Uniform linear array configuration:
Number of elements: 8
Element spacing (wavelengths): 0.25
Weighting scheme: blackman
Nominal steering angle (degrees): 0
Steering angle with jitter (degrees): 0.6393
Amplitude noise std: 0.05
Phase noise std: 0.05

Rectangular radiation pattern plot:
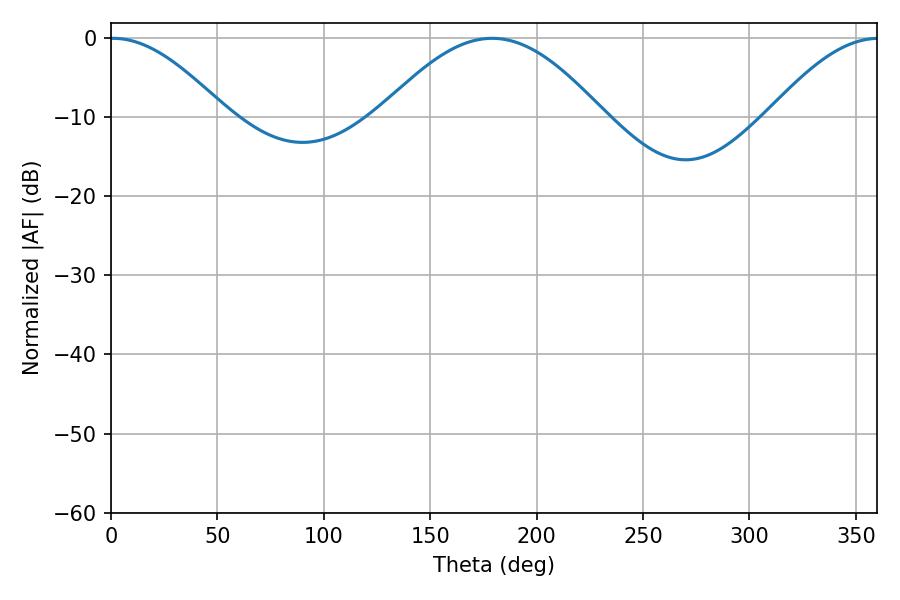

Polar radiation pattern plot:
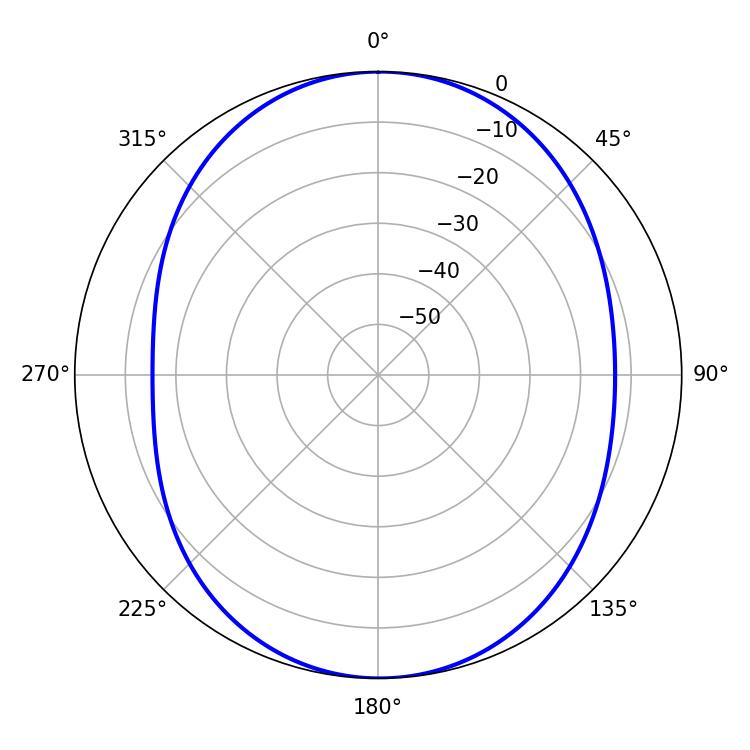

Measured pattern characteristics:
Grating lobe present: FALSE
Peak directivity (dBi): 15.111
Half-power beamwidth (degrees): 29.34
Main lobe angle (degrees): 0.9